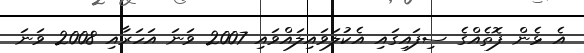
އެ ޅެން ފޮތެއްގެ ސިފައިގައި އެކުލަވައިލައްވައި 2007 ވަނަ އަހަރާއި 2008 ވަނަ